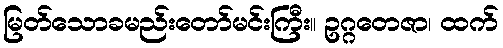
မြတ်သောခမည်းတော်မင်းကြီး။ ဥဂ္ဂတေဇာ၊ ထက်